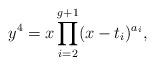
LaTeX: \begin{align*}y^4 = x \prod_{i=2}^{g+1} (x-t_i)^{a_i},\end{align*}